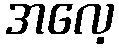
အလေ့